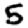
Digit: 5